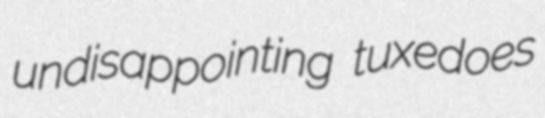
undisappointing tuxedoes